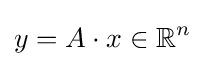
y=A\cdot x\in {\mathbb {R} }^{n}